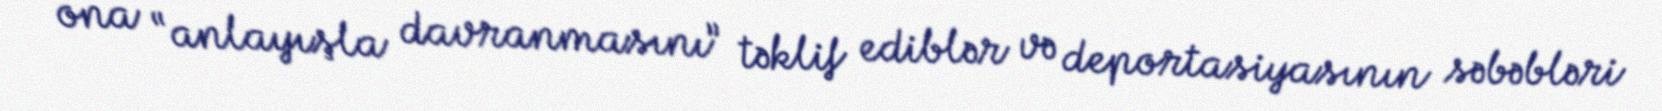
ona “anlayışla davranmasını” təklif ediblər və deportasiyasının səbəbləri